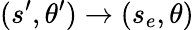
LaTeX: (s^{\prime},\theta^{\prime})\to(s_{e},\theta)